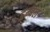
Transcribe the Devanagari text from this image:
दुम्बल